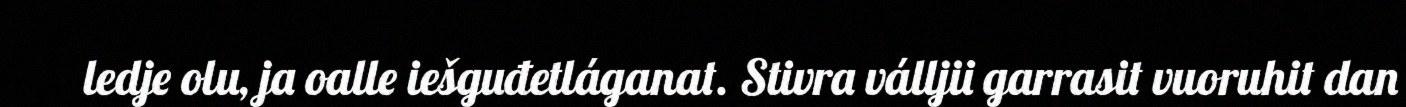
ledje olu, ja oalle iešguđetláganat. Stivra válljii garrasit vuoruhit dan